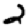
Digit: 2